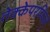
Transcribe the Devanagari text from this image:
तेक्केपरम्पिल्